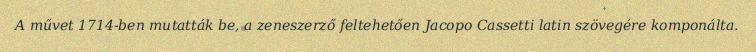
A művet 1714-ben mutatták be, a zeneszerző feltehetően Jacopo Cassetti latin szövegére komponálta.